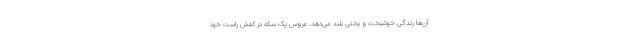
آن‌ها زندگی خوشبخت و بختی بلند می‌دهد. عروس یک سکه در کفش راست خود